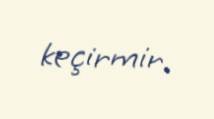
keçirmir.